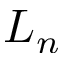
L _ { n }